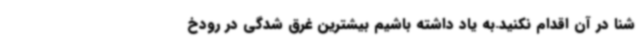
شنا در آن اقدام نکنید.به یاد داشته باشیم بیشترین غرق شدگی در رودخ